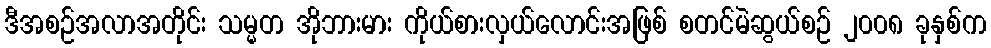
ဒီအစဉ်အလာအတိုင်း သမ္မတ အိုဘားမား ကိုယ်စားလှယ်လောင်းအဖြစ် စတင်မဲဆွယ်စဉ် ၂၀၀၈ ခုနှစ်က